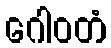
ဂေါဝတံ